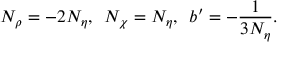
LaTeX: N _ { \rho } = - 2 N _ { \eta } , \, \, \, N _ { \chi } = N _ { \eta } , \, \, \, b ^ { \prime } = - \frac { 1 } { 3 N _ { \eta } } .